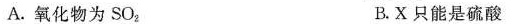
A.氧化物为SO_{2} B.X只能是硫酸